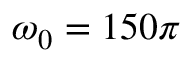
\omega _ { 0 } = 1 5 0 \pi